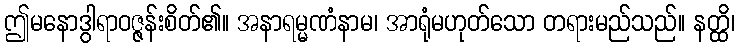
ဤမနောဒွါရာဝဇ္ဇန်းစိတ်၏။ အနာရမ္မဏံနာမ၊ အာရုံမဟုတ်သော တရားမည်သည်။ နတ္ထိ၊